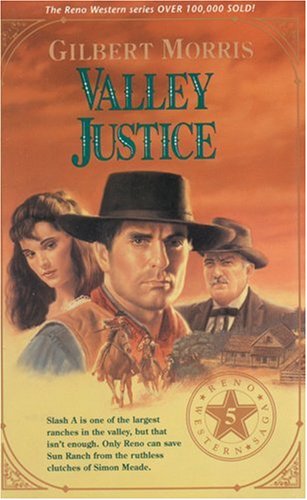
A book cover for Valley Justice (Reno Western Saga #5); Gilbert Morris; Religion & Spirituality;